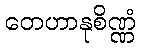
တေဟာနုစိဏ္ဏံ